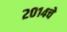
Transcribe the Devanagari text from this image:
२०१४चे